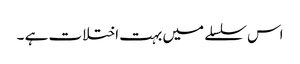
اس سلسلے میں بہت اختلات ہے ۔